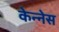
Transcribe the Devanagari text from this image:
केन्नेस